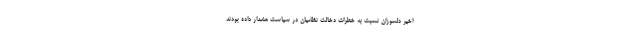
اخیر دلسوزان نسبت به خطرات دخالت نظامیان در سیاست هشدار داده بودند